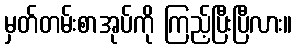
မှတ်တမ်းစာအုပ်ကို ကြည့်ပြီးပြီလား။